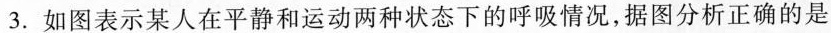
3.如图表示某人在平静和运动两种状态下的呼吸情况，据图分析正确的是